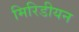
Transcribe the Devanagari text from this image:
मिरिडीयन